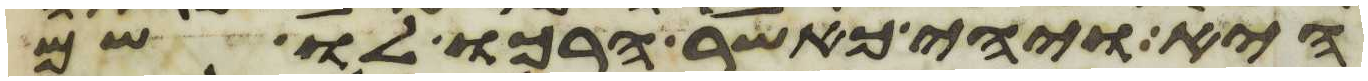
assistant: היא ויהי כאשר הרכו לו שם